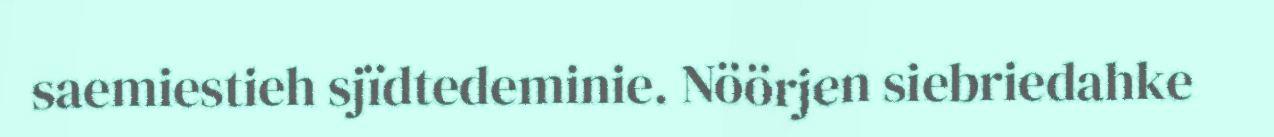
saemiestieh sjïdtedeminie. Nöörjen siebriedahke